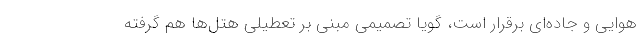
هوایی و جاده‌ای برقرار است، گویا تصمیمی مبنی بر تعطیلی هتل‌ها هم گرفته